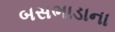
બસભાડાના